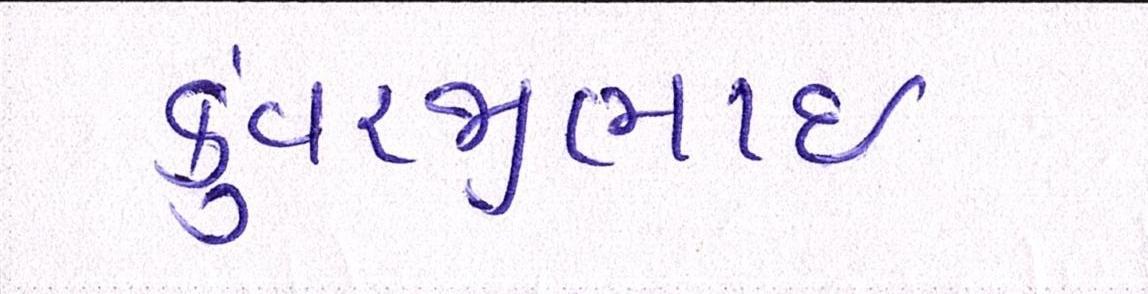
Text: કુંવરજીભાઈ